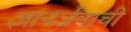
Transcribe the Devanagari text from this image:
ज्ञानर्जनाची